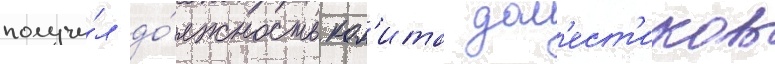
получи́л до́лжность ком'ита дом'ест'иков